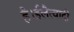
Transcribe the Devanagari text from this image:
है।ईलैत्वादी